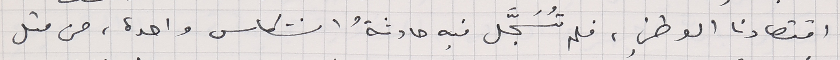
اقتصادنا الوطني، فلم تُسَجَّل فيه حادثةُ انتكاس واحدة، من مثل